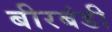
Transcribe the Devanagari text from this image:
बीरबंडी